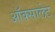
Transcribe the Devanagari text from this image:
ऑक्सालेट